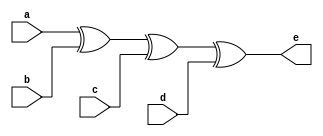
`timescale 1ns / 1ps

module four_input_XOR_gate_a(
input a,
input b,
input c,
input d,
output e
    );
    assign e = a^b^c^d;  
endmodule